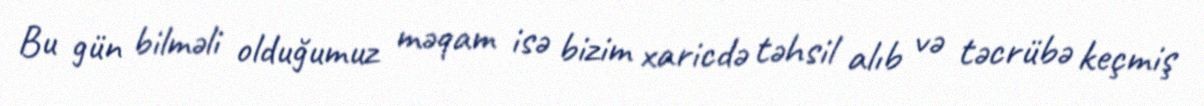
Bu gün bilməli olduğumuz məqam isə bizim xaricdə təhsil alıb və təcrübə keçmiş